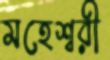
মহেশ্বরী